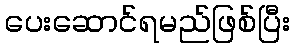
ပေးဆောင်ရမည်ဖြစ်ပြီး